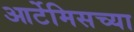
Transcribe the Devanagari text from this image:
आर्टेमिसच्या